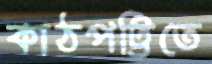
কাঠপট্টিতে